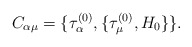
\begin{align*}C_{\alpha\mu}=\{\tau_\alpha ^{(0)} , \{\tau_\mu ^{(0)} , H_0\}\}. \end{align*}